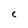
Character: C